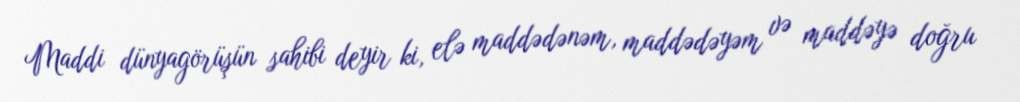
Maddi dünyagörüşün sahibi deyir ki, elə maddədənəm, maddədəyəm və maddəyə doğru